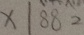
x / 8 8 2